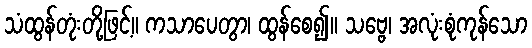
သံထွန်တုံးတို့ဖြင့်။ ကသာပေတွာ၊ ထွန်စေ၍။ သဗ္ဗေ၊ အလုံးစုံကုန်သော